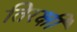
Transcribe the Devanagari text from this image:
तिरक्षी